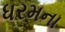
ધરમના